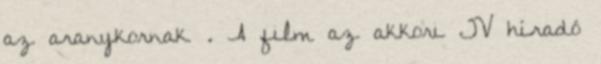
az aranykornak . A film az akkori TV híradó